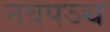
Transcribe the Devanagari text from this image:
नवपञ्च